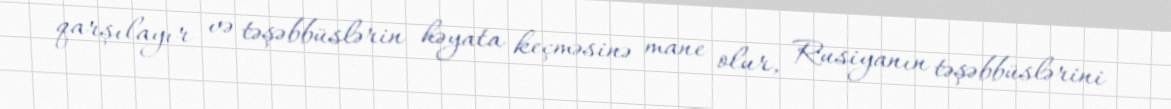
qarşılayır və təşəbbüslərin həyata keçməsinə mane olur, Rusiyanın təşəbbüslərini